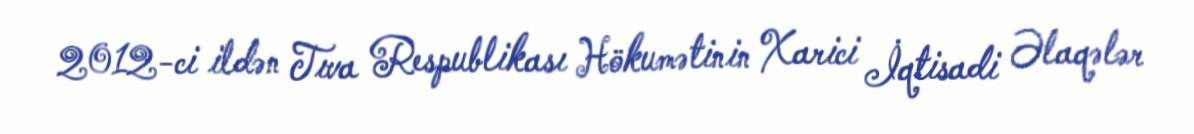
2012-ci ildən Tıva Respublikası Hökumətinin Xarici İqtisadi Əlaqələr